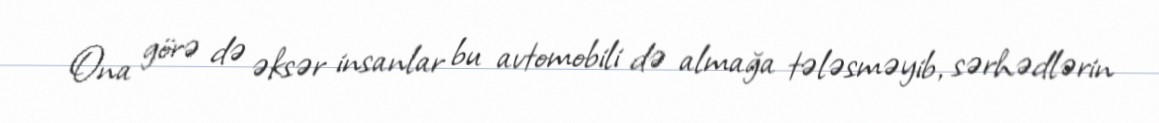
Ona görə də əksər insanlar bu avtomobili də almağa tələsməyib, sərhədlərin